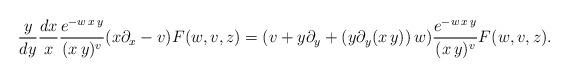
LaTeX: \begin{align*}\frac{y}{dy}\frac{dx}{x}\frac{e^{-w\,x\,y}}{(x\,y)^v}(x\partial_x-v)F(w,v,z)=(v+y\partial_y+ (y\partial_y(x\,y))\,w)\frac{e^{-w\,x\,y}}{(x\,y)^v}F(w,v,z).\end{align*}